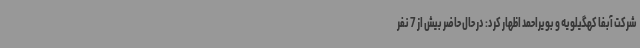
شرکت آبفا کهگیلویه و بویراحمد اظهار کرد: در حال حاضر بیش از 7 نفر